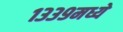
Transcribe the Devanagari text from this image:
१३३९मध्ये